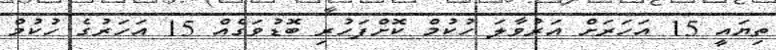
ތިޔައީ 15 އަހަރަށް އަރުވާލަ ހުކުމް ކޮށްފަހުރި ބޮޑުވަގެއް 15 އަހަރުގެ ހުކުމް